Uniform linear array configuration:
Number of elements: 12
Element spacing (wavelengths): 1
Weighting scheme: uniform
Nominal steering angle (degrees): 30
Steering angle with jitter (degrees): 29.267
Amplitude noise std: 0.05
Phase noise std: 0.05

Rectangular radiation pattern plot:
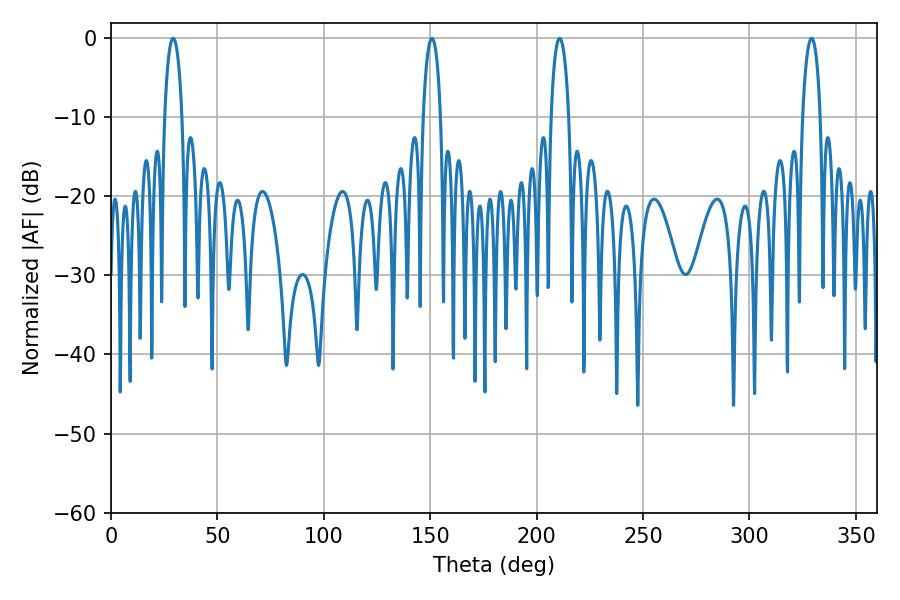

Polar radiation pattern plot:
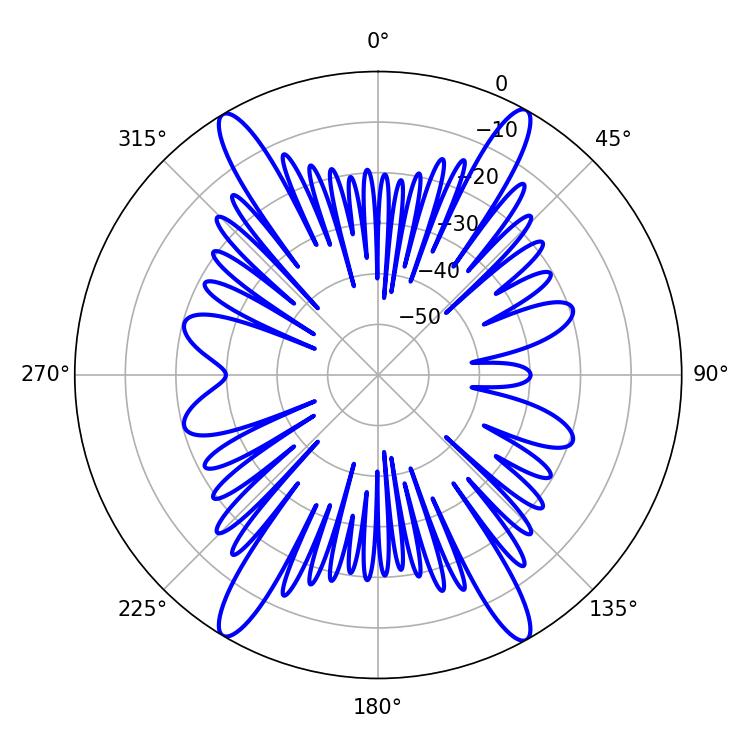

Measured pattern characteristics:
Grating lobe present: TRUE
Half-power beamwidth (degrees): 4.86
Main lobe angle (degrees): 329.22